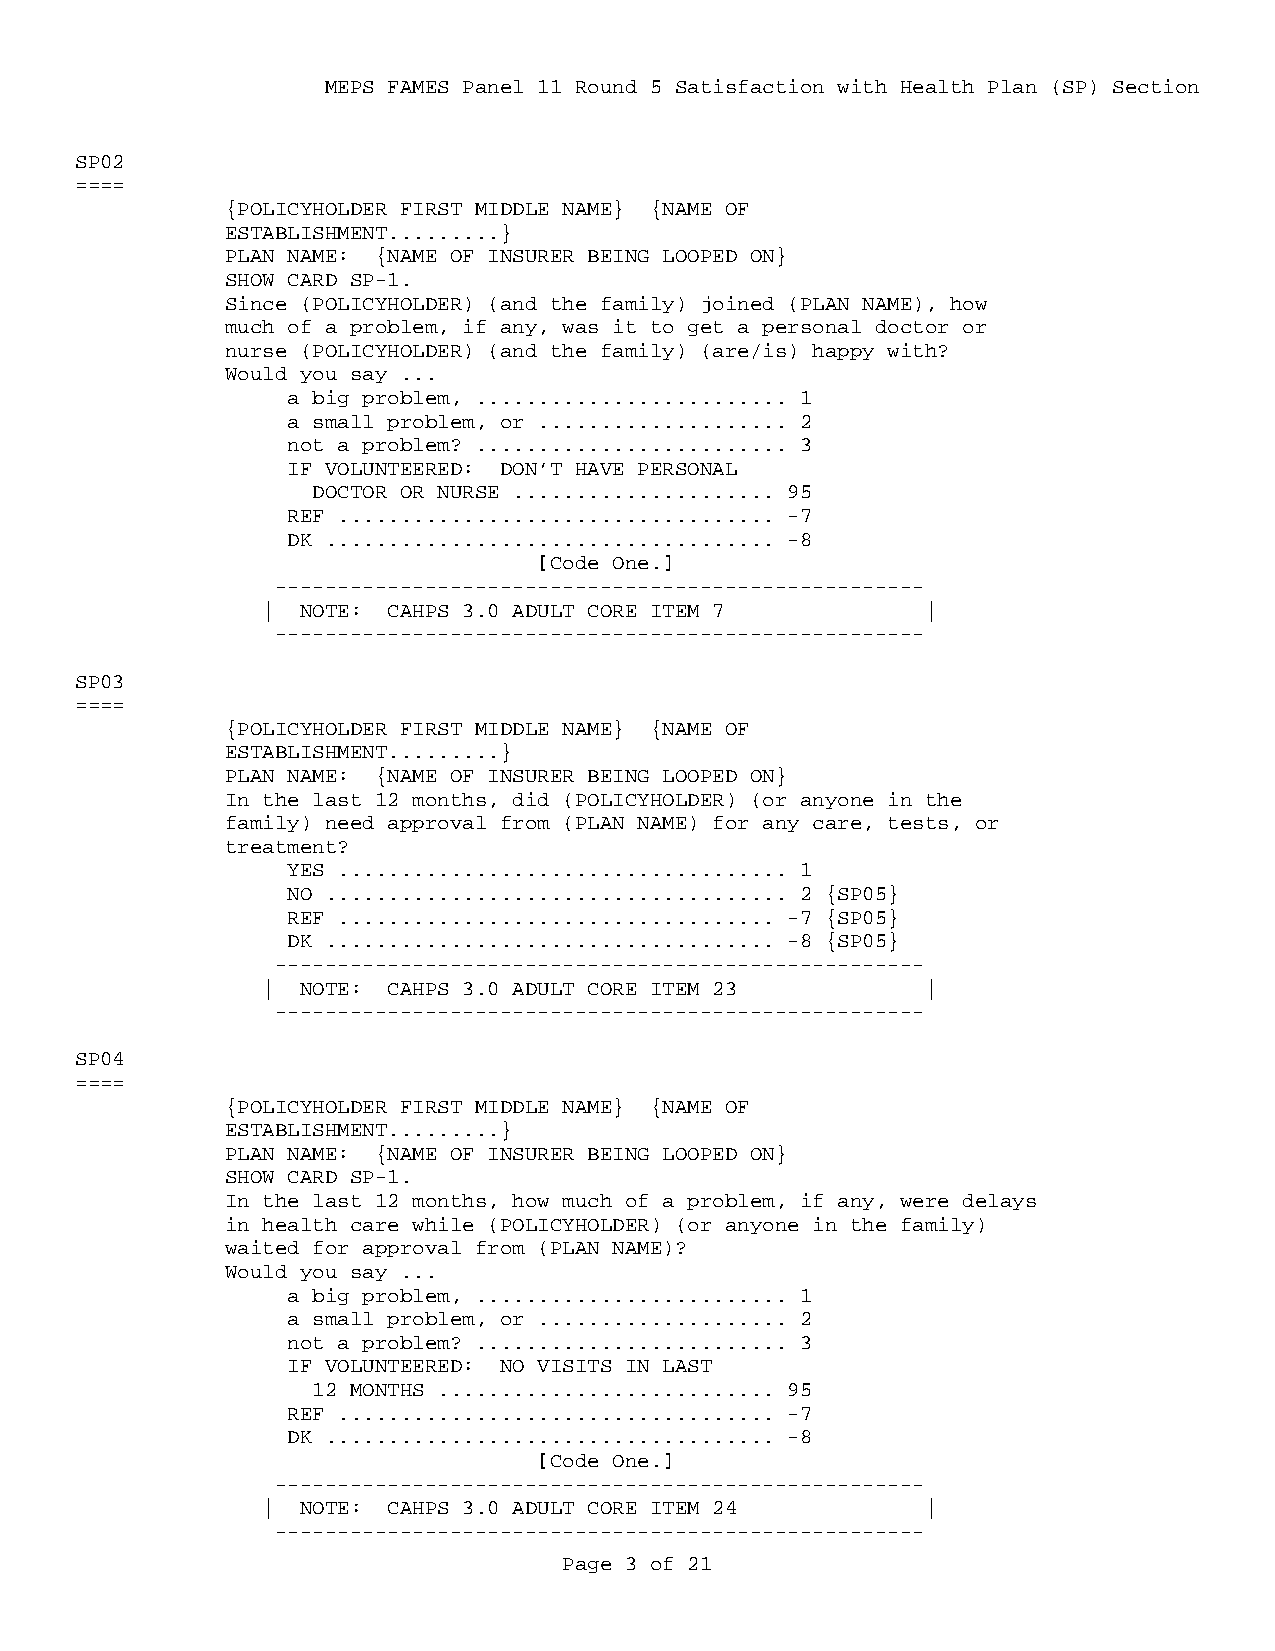
MEPS FAMES Panel 11 Round 5 Satisfaction with Health Plan (SP) Section
 SP02
 ====
 {POLICYHOLDER FIRST MIDDLE NAME} {NAME OF
 ESTABLISHMENT.........}
 PLAN NAME: {NAME OF INSURER BEING LOOPED ON}
 SHOW CARD SP-1.
 Since (POLICYHOLDER) (and the family) joined (PLAN NAME), how
 much of a problem, if any, was it to get a personal doctor or
 nurse (POLICYHOLDER) (and the family) (are/is) happy with?
 Would you say ...
 a big problem, ......................... 1
 a small problem, or .................... 2
 not a problem? ......................... 3
 IF VOLUNTEERED: DON’T HAVE PERSONAL
 DOCTOR OR NURSE ..................... 95
 REF ................................... -7
 DK .................................... -8
 [Code One.]
 ----------------------------------------------------
 |  NOTE: CAHPS 3.0 ADULT CORE ITEM 7        |
 ----------------------------------------------------
 SP03
 ====
 {POLICYHOLDER FIRST MIDDLE NAME} {NAME OF
 ESTABLISHMENT.........}
 PLAN NAME: {NAME OF INSURER BEING LOOPED ON}
 In the last 12 months, did (POLICYHOLDER) (or anyone in the
 family) need approval from (PLAN NAME) for any care, tests, or
 treatment?
 YES .................................... 1
 NO ..................................... 2 {SP05}
 REF ................................... -7 {SP05}
 DK .................................... -8 {SP05}
 ----------------------------------------------------
 |  NOTE: CAHPS 3.0 ADULT CORE ITEM 23       |
 ----------------------------------------------------
 SP04
 ====
 {POLICYHOLDER FIRST MIDDLE NAME} {NAME OF
 ESTABLISHMENT.........}
 PLAN NAME: {NAME OF INSURER BEING LOOPED ON}
 SHOW CARD SP-1.
 In the last 12 months, how much of a problem, if any, were delays
 in health care while (POLICYHOLDER) (or anyone in the family)
 waited for approval from (PLAN NAME)?
 Would you say ...
 a big problem, ......................... 1
 a small problem, or .................... 2
 not a problem? ......................... 3
 IF VOLUNTEERED: NO VISITS IN LAST
 12 MONTHS ........................... 95
 REF ................................... -7
 DK .................................... -8
 [Code One.]
 ----------------------------------------------------
 |  NOTE: CAHPS 3.0 ADULT CORE ITEM 24       |
 ----------------------------------------------------
 Page 3 of 21